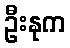
ဦးနုက